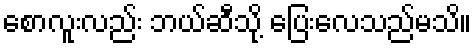
စောလူးလည်း ဘယ်ဆီသို့ ပြေးလေသည်မသိ။